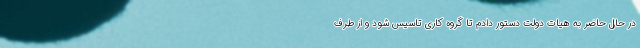
در حال حاضر به هیات دولت دستور دادم تا گروه کاری تاسیس شود و از طرف